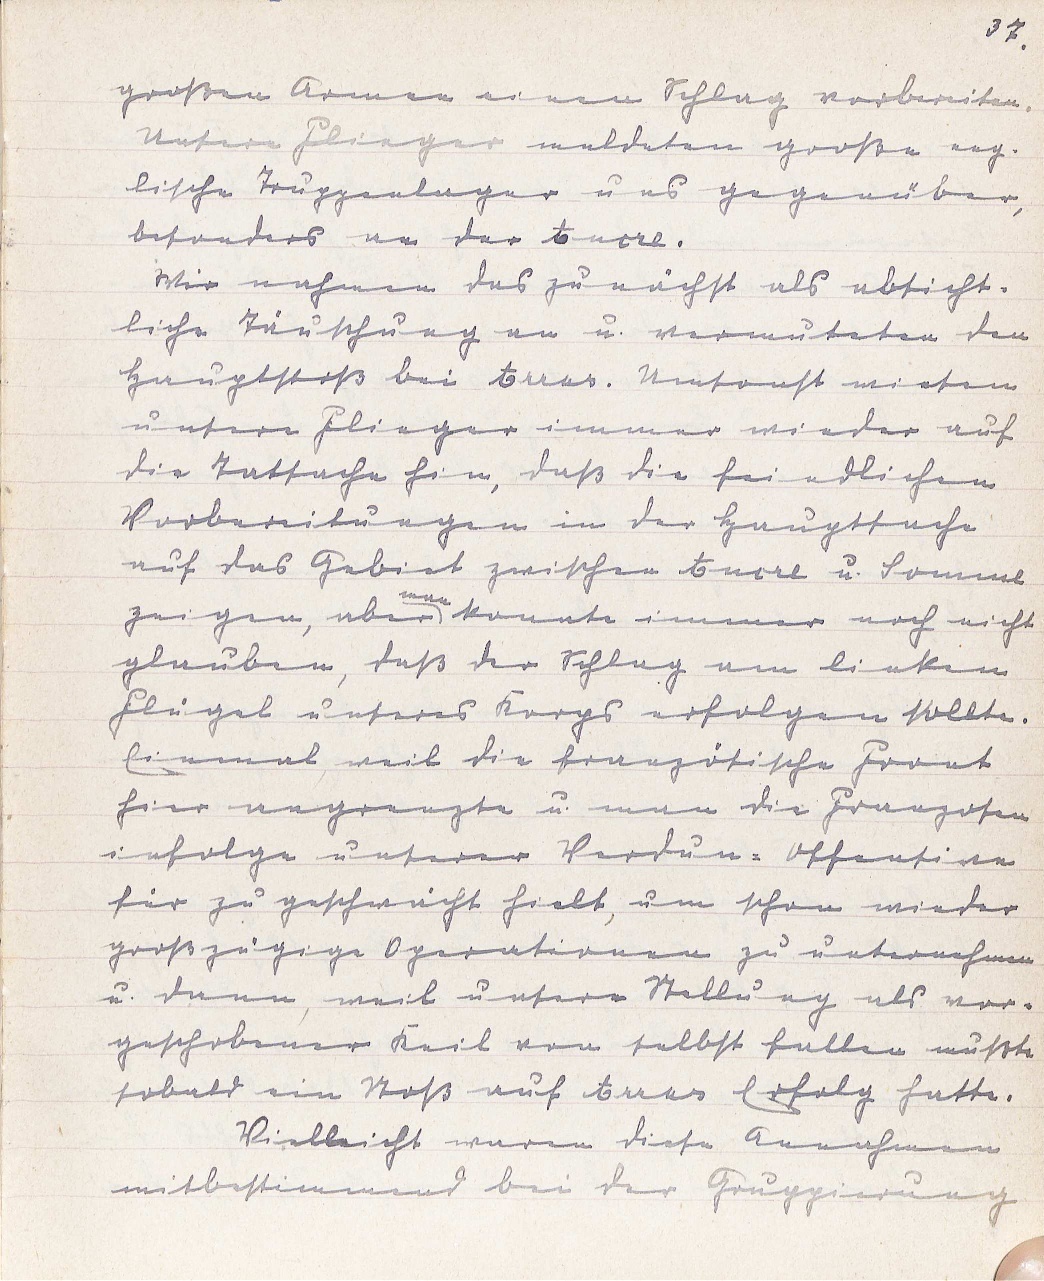
37.
großen Armee einen Schlag vorbereiten.
Unsere Flieger meldeten große eng¬
lische Truppenlager uns gegenüber,
besonders an der Ancre.
Wir nahmen das zunächst als absicht¬
liche Täuschung an u. vermuteten den
Hauptstoß bei Arras. Umsonst wiesen
unsere Flieger immer wieder auf
die Tatsache hin, daß die feindlichen
Vorbereitungen in der Hauptsache
auf das Gebiet zwischen Ancre u. Somme
zeigen, aber
man
konnte immer noch nicht
glauben, daß der Schlag am linken
Flügel unseres Korps erfolgen sollte.
Einmal weil die französische Front
hier angrenzte u. man die Franzosen
infolge unserer Verdun-Offensive
für zu geschwächt hielt, um schon wieder
großzügige Operationen zu unternehmen
u. dann, weil unsere Stellung als vor¬
geschobener Keil von selbst fallen mußte
sobald ein Stoß auf Arras Erfolg hatte.
Vielleicht waren diese Annahmen
mitbestimmend bei der Gruppierung